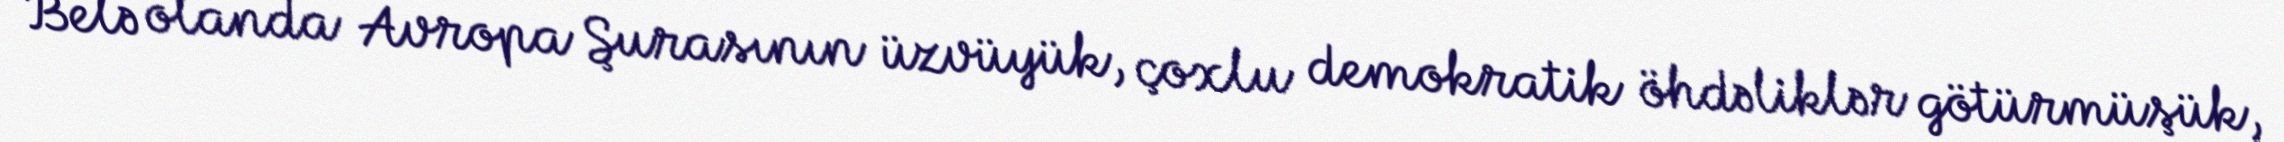
Belə olanda Avropa Şurasının üzvüyük, çoxlu demokratik öhdəliklər götürmüşük,